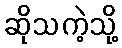
ဆိုသကဲ့သို့